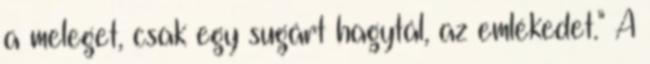
a meleget, csak egy sugárt hagytál, az emlékedet." A